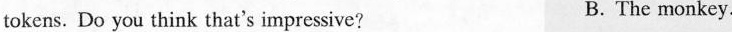
tokens. Do you think that's impressive? B. The monkey.